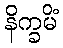
နိက္ခမိံ